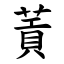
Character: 䔈